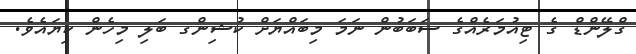
ގްލޭންޑް ގެ ޓިއުމަރެއްގެ ސަބަބުން ނަމަ މިބައްޔަށް ކުޝިންގ ބަލި މިހެން ކިޔައެވެ.